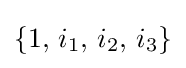
\{1,\,i_{1},\,i_{2},\,i_{3}\}